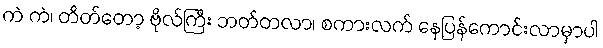
ကဲ ကဲ၊ တိတ်တော့ ဗိုလ်ကြီး ဘတ်တလာ၊ စကားလက် နေပြန်ကောင်းလာမှာပါ